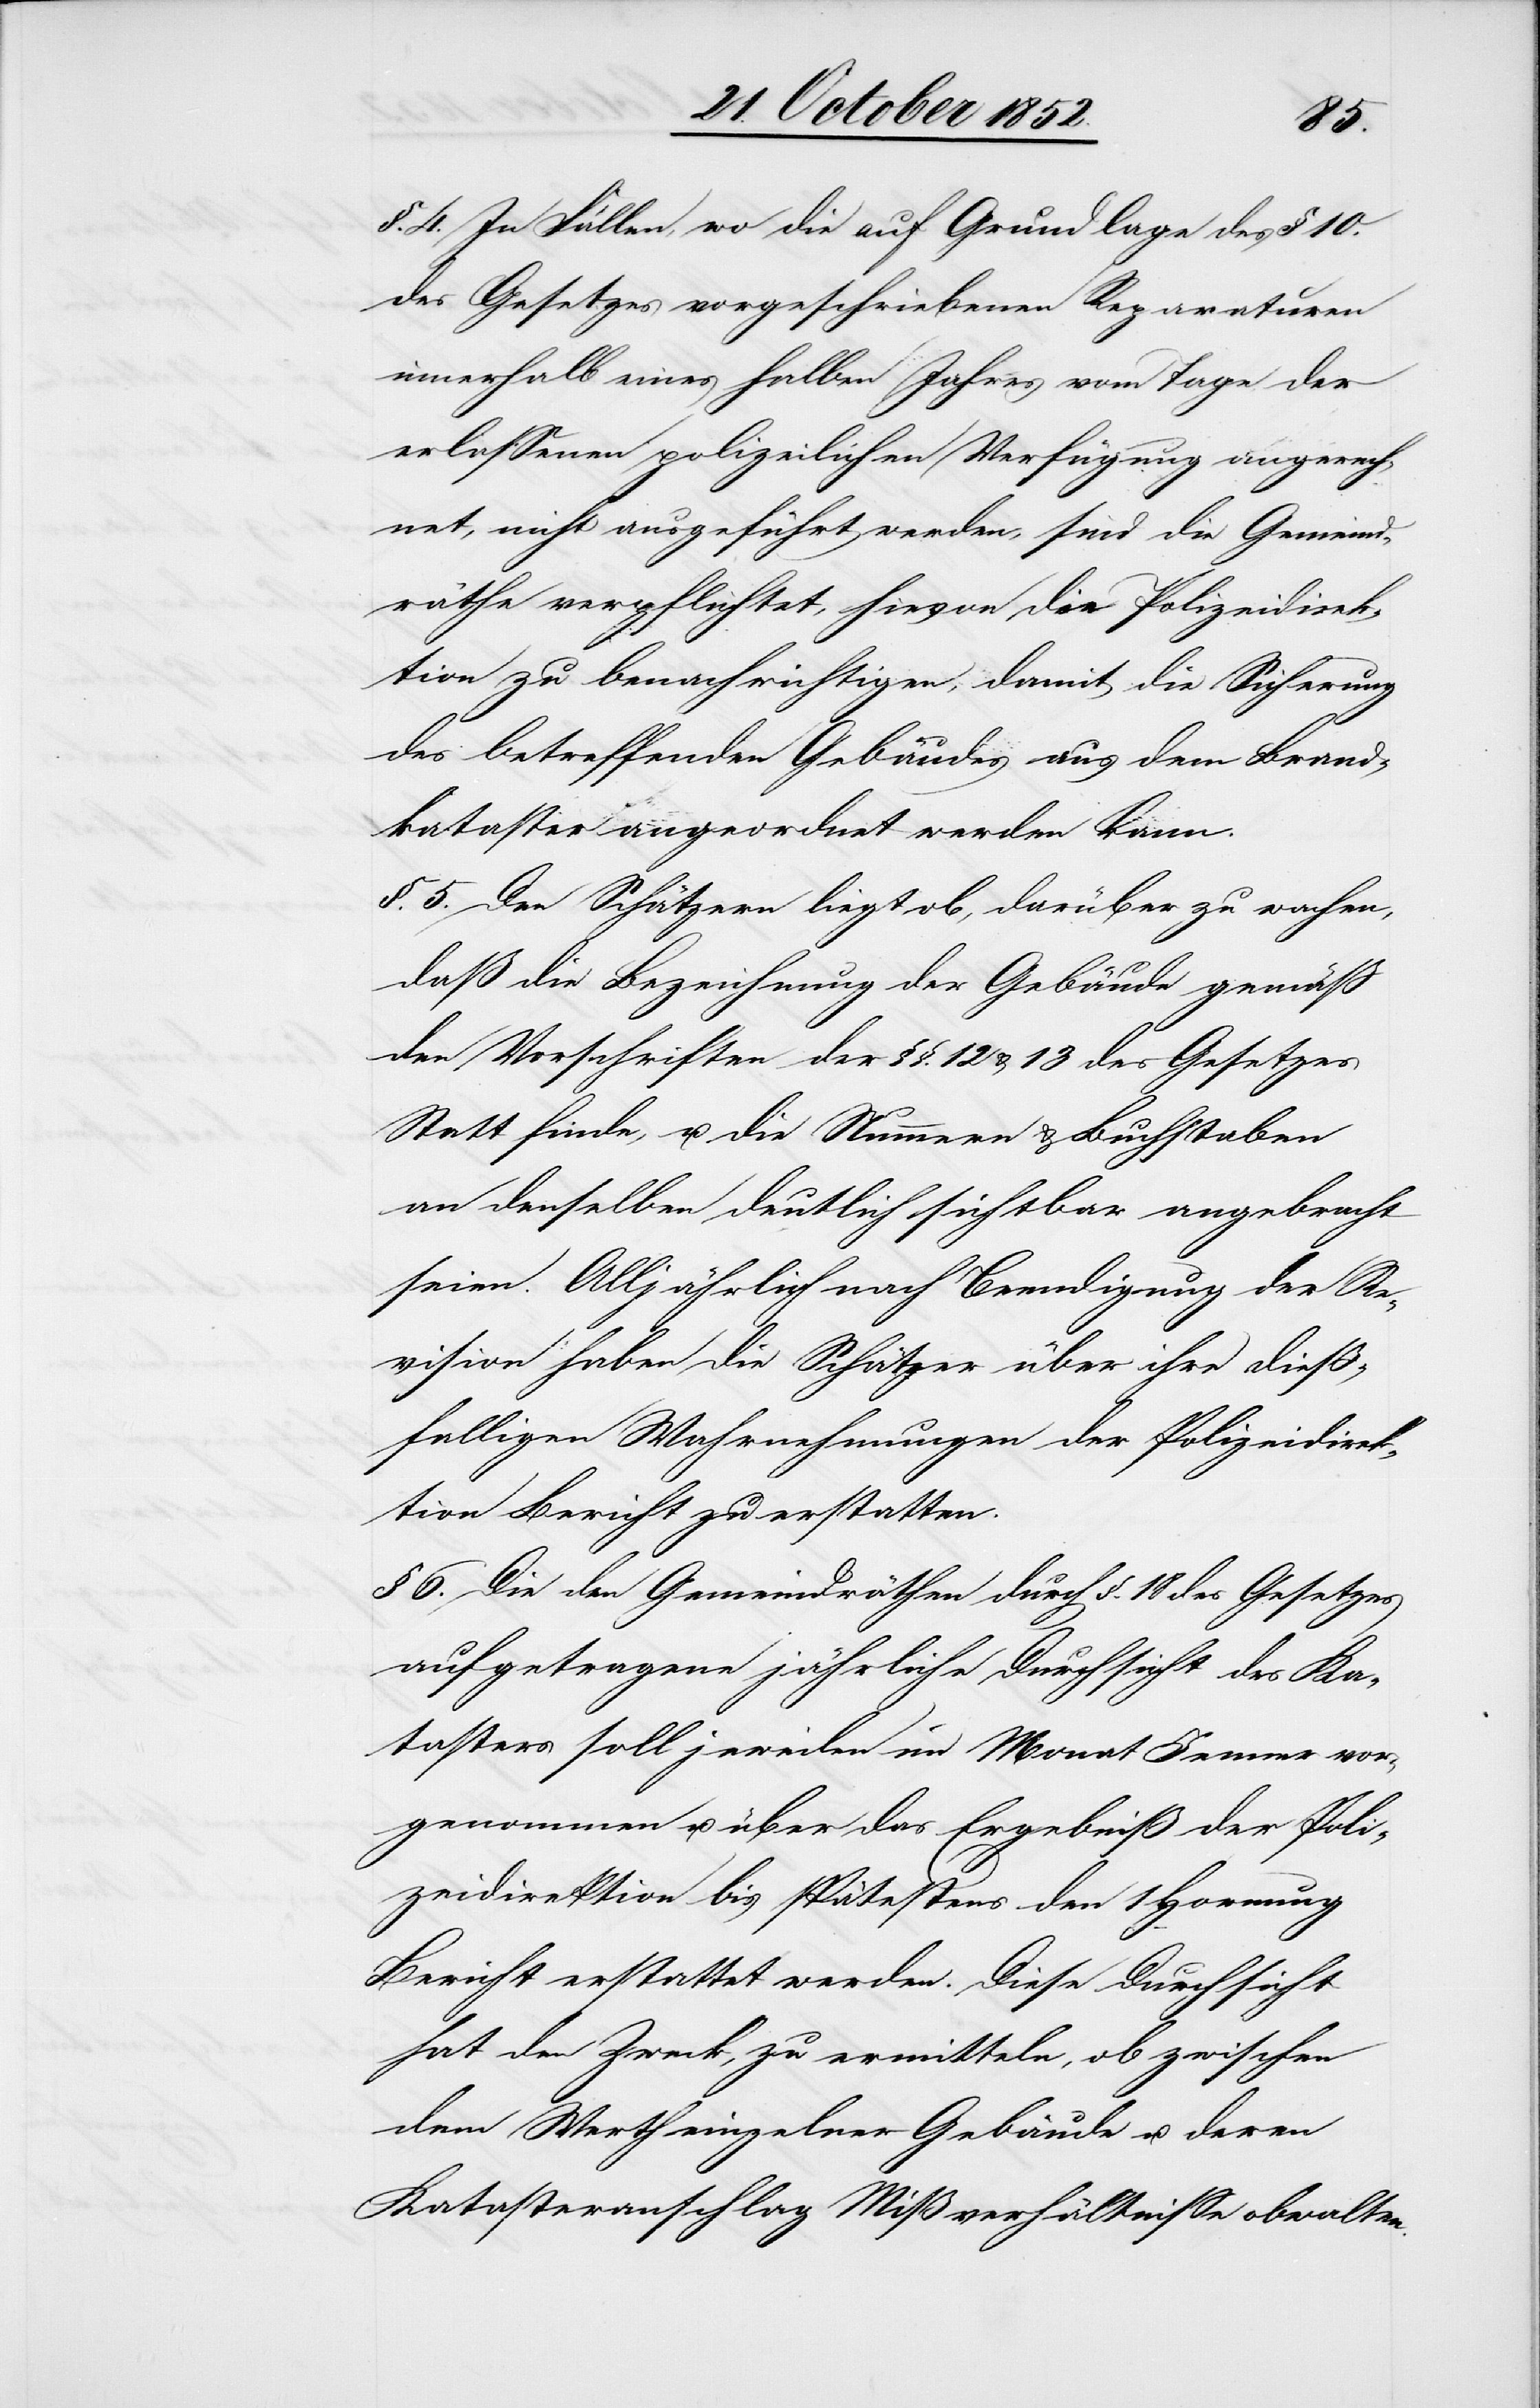
§. 4. In Fällen, wo die auf Grundlage des § 10.
des Gesetzes vorgeschriebenen Reparaturen
innerhalb eines halben Jahres vom Tage der
erlassenen polizeilichen Verfügung angerech¬
net, nicht ausgeführt werden, sind die Gemeind¬
räthe verpflichtet, hievon die Polizeidirek¬
tion zu benachrichtigen, damit die Sicherung
des betreffenden Gebäudes aus dem Brand¬
kataster angeordnet werden kann.
§. 5. Den Schätzern liegt ob, darüber zu wachen,
daß die Bezeichnung der Gebäude gemäß
den Vorschriften der §§. 12 & 13 des Gesetzes
Statt finde, u. die Nummern & Buchstaben
an denselben deutlich sichtbar angebracht
seien. Alljährlich nach Beendigung der Re¬
vision haben die Schätzer über ihre dieß¬
falligen [sic!] Wahrnehmungen der Polizeidirek¬
tion Bericht zu erstatten.
§ 6. Die den Gemeindräthen durch §. 18 des Gesetzes
aufgetragene jährliche Durchsicht des Ka¬
tasters soll jeweilen im Monat Jenner vor¬
genommen u. über das Ergebniß der Poli¬
zeidirektion bis spätestens den 1 Hornung
Bericht erstattet werden. Diese Durchsicht
hat den Zweck, zu ermitteln, ob zwischen
dem Werth einzelner Gebäude u. deren
Katasteranschlag Mißverhältnisse obwalten.